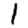
Digit: 1